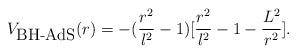
LaTeX: \begin{align*}V_{\mbox{BH-AdS}}(r)=-(\frac{r^2}{l^2}-1)[\frac{r^2}{l^2}-1-\frac{L^2}{r^2}].\end{align*}